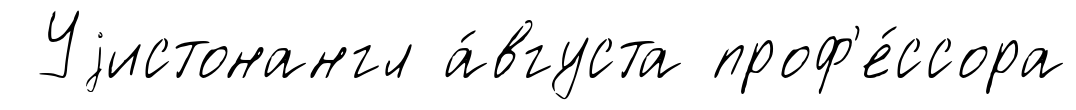
Уjистонангл а́вгуста проф'е́ссора